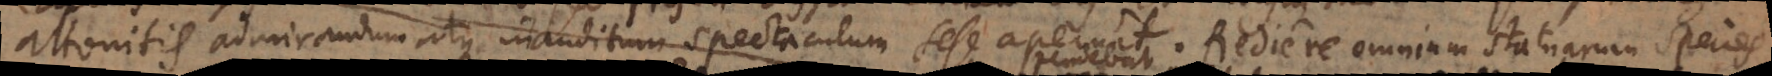
attonitis admirandum atque inauditum spectaculum sese aperuit. Rediere omnium statuarum species